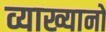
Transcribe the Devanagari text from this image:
व्याख्यानो